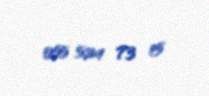
055 524 73 15